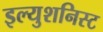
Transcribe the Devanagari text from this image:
इल्युशनिस्ट